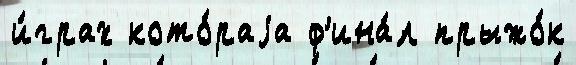
и́грах кото́раjа ф'ина́л прыжо́к